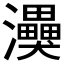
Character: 𭳸